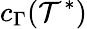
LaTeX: c_{\Gamma}(\mathcal{T}^{*})